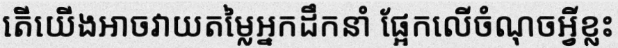
តើយើងអាចវាយតម្លៃអ្នកដឹកនាំ ផ្អែកលើចំណុចអ្វីខ្លះ